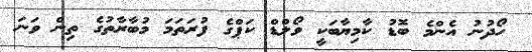
ހޯދުނު އެންމެ ބޮޑު ކާމިޔާބަކީ ވޯލްޑް ކަޕްގެ ފުރަތަމަ މުބާރާތުގެ ތިން ވަނަ